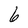
Character: 6